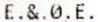
E.&.0.E.